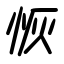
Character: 恢